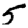
Digit: 5